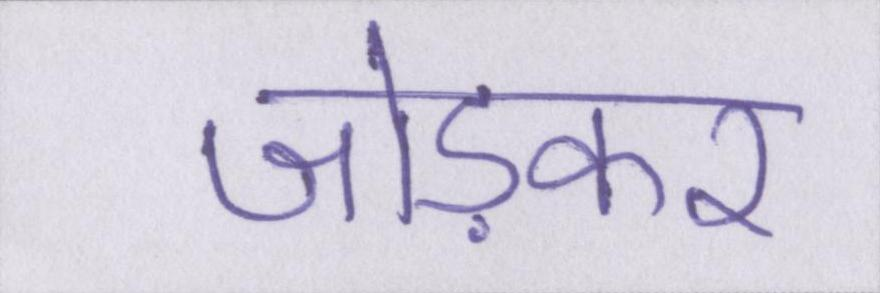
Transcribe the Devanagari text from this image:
जोड़कर